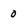
Character: 0